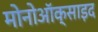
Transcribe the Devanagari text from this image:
मोनोऑक्साइद